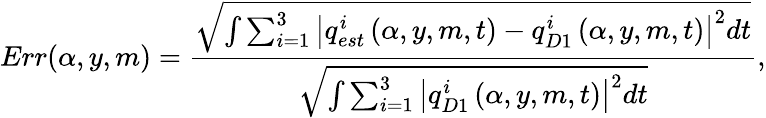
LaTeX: Err(\alpha,y,m)=\frac{\sqrt{\int\sum_{i=1}^{3}\left|{q_{est}^{i}}\left(\alpha,y,m,t\right)-{q_{D1}^{i}}\left(\alpha,y,m,t\right)\right|^{2}dt}}{{\sqrt{\int\sum_{i=1}^{3}\left|{q_{D1}^{i}}\left(\alpha,y,m,t\right)\right|^{2}dt}}}\mathrm{,}